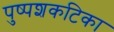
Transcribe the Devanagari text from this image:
पुष्पशकटिका